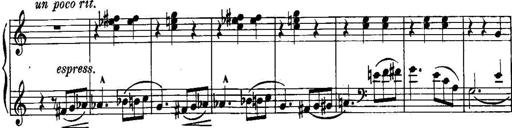
Title: Piano Sonatina No.1, Op.146
Composer: Stephen Heller